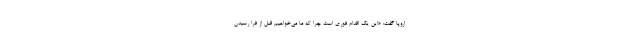
اروپا گفت: «این یک اقدام فوری است چرا که ما می‌خواهیم قبل از فرا رسیدن